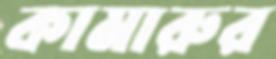
কামারুর